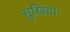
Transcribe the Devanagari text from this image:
सुखिताः